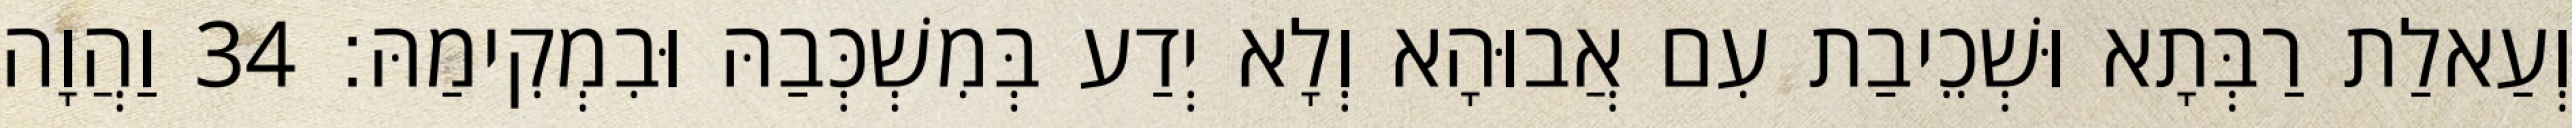
וְעַאלַת רַבְּתָא וּשְׁכֵיבַת עִם אֲבוּהָא וְלָא יְדַע בְּמִשְׁכְּבַהּ וּבִמְקִימַהּ׃ 34 וַהֲוָה